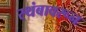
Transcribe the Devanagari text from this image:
स्थंबावरून